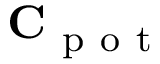
\mathbf { C } _ { \mathrm { ~ p ~ o ~ t ~ } }